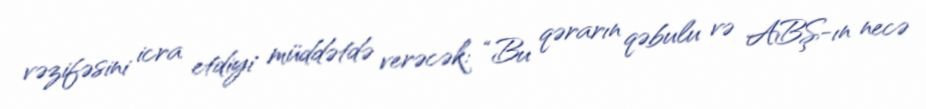
vəzifəsini icra etdiyi müddətdə verəcək: “Bu qərarın qəbulu və ABŞ-ın necə